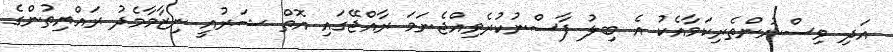
އަދި ވިސްނުންތެރިކަމާއެކު އެ ބިލު ފާސްނުކުރެވިއްޖެނަމަ ރާއްޖޭގައި އޮތް ޝަރުއީ ނިޒާމާމެދު ރައްޔިތުންގެ